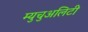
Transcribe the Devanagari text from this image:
म्युचुअलिटी